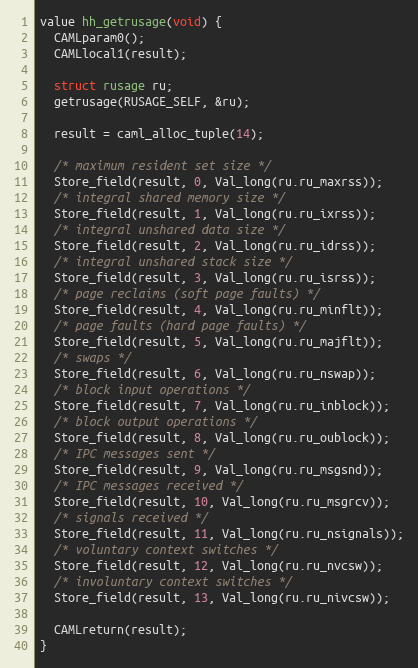
Language: C
value hh_getrusage(void) {
  CAMLparam0();
  CAMLlocal1(result);

  struct rusage ru;
  getrusage(RUSAGE_SELF, &ru);

  result = caml_alloc_tuple(14);

  /* maximum resident set size */
  Store_field(result, 0, Val_long(ru.ru_maxrss));
  /* integral shared memory size */
  Store_field(result, 1, Val_long(ru.ru_ixrss));
  /* integral unshared data size */
  Store_field(result, 2, Val_long(ru.ru_idrss));
  /* integral unshared stack size */
  Store_field(result, 3, Val_long(ru.ru_isrss));
  /* page reclaims (soft page faults) */
  Store_field(result, 4, Val_long(ru.ru_minflt));
  /* page faults (hard page faults) */
  Store_field(result, 5, Val_long(ru.ru_majflt));
  /* swaps */
  Store_field(result, 6, Val_long(ru.ru_nswap));
  /* block input operations */
  Store_field(result, 7, Val_long(ru.ru_inblock));
  /* block output operations */
  Store_field(result, 8, Val_long(ru.ru_oublock));
  /* IPC messages sent */
  Store_field(result, 9, Val_long(ru.ru_msgsnd));
  /* IPC messages received */
  Store_field(result, 10, Val_long(ru.ru_msgrcv));
  /* signals received */
  Store_field(result, 11, Val_long(ru.ru_nsignals));
  /* voluntary context switches */
  Store_field(result, 12, Val_long(ru.ru_nvcsw));
  /* involuntary context switches */
  Store_field(result, 13, Val_long(ru.ru_nivcsw));

  CAMLreturn(result);
}